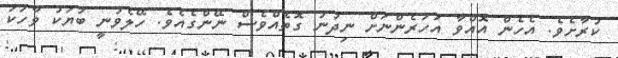
ކުރާށެވެ. އެހެން އޮއްވާ އަހަރެންނަށް ނިދުނު ގޮތެއްވެސް ނޭންގެއެވެ. ހޭލެވުނީ ބަޔަކު ވާހަކަ